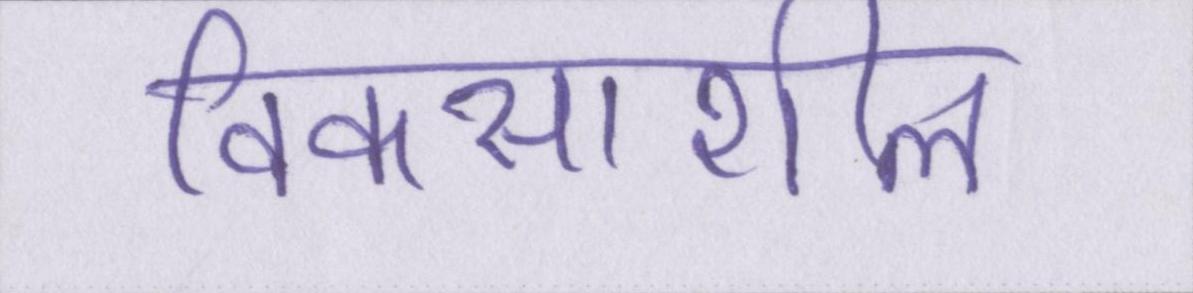
विकसाशील